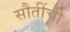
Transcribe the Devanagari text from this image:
सौतींची